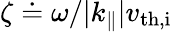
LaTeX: \zeta\doteq\omega/|k_{\parallel}|v_{\mathrm{th,i}}